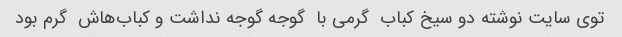
توی سایت نوشته دو سیخ کباب  گرمی با  گوجه گوجه نداشت و کباب‌هاش  گرم بود